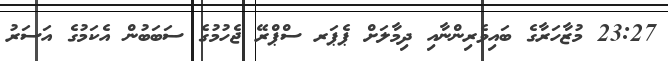
23:27 މުޒާހަރާގެ ބައިވެރިންނާއި ދިމާލަށް ޕެޕަރ ސްޕްރޭ ޖެހުމުގެ ސަބަބުން އެކަމުގެ އަސަރު